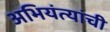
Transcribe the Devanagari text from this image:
अभियंत्यांची